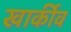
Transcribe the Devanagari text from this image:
खार्कीव